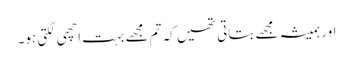
اور ہمیشہ مجھے بتاتی تھیں کہ تم مجھے بہت اچھی لگتی ہو۔